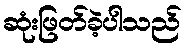
ဆုံးဖြတ်ခဲ့ပါသည်